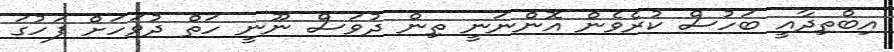
އިބްތިދާއީ ބަހުސް ކުރެވެން އޮންނަނީ ތިން ދުވަސް ނޫނީ ހަތް ދުވަހަށް ފަހުގަ